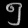
Digit: ၅